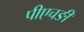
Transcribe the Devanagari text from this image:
पीएचङी